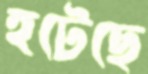
হটেছে